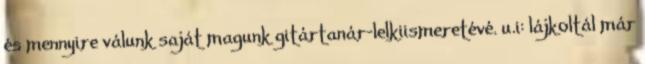
és mennyire válunk saját magunk gitártanár-lelkiismeretévé. u.i: lájkoltál már